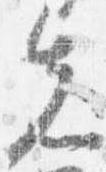
先